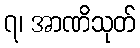
၇၊ အာဏိသုတ်